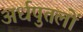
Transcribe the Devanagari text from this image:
अर्धपुतलों